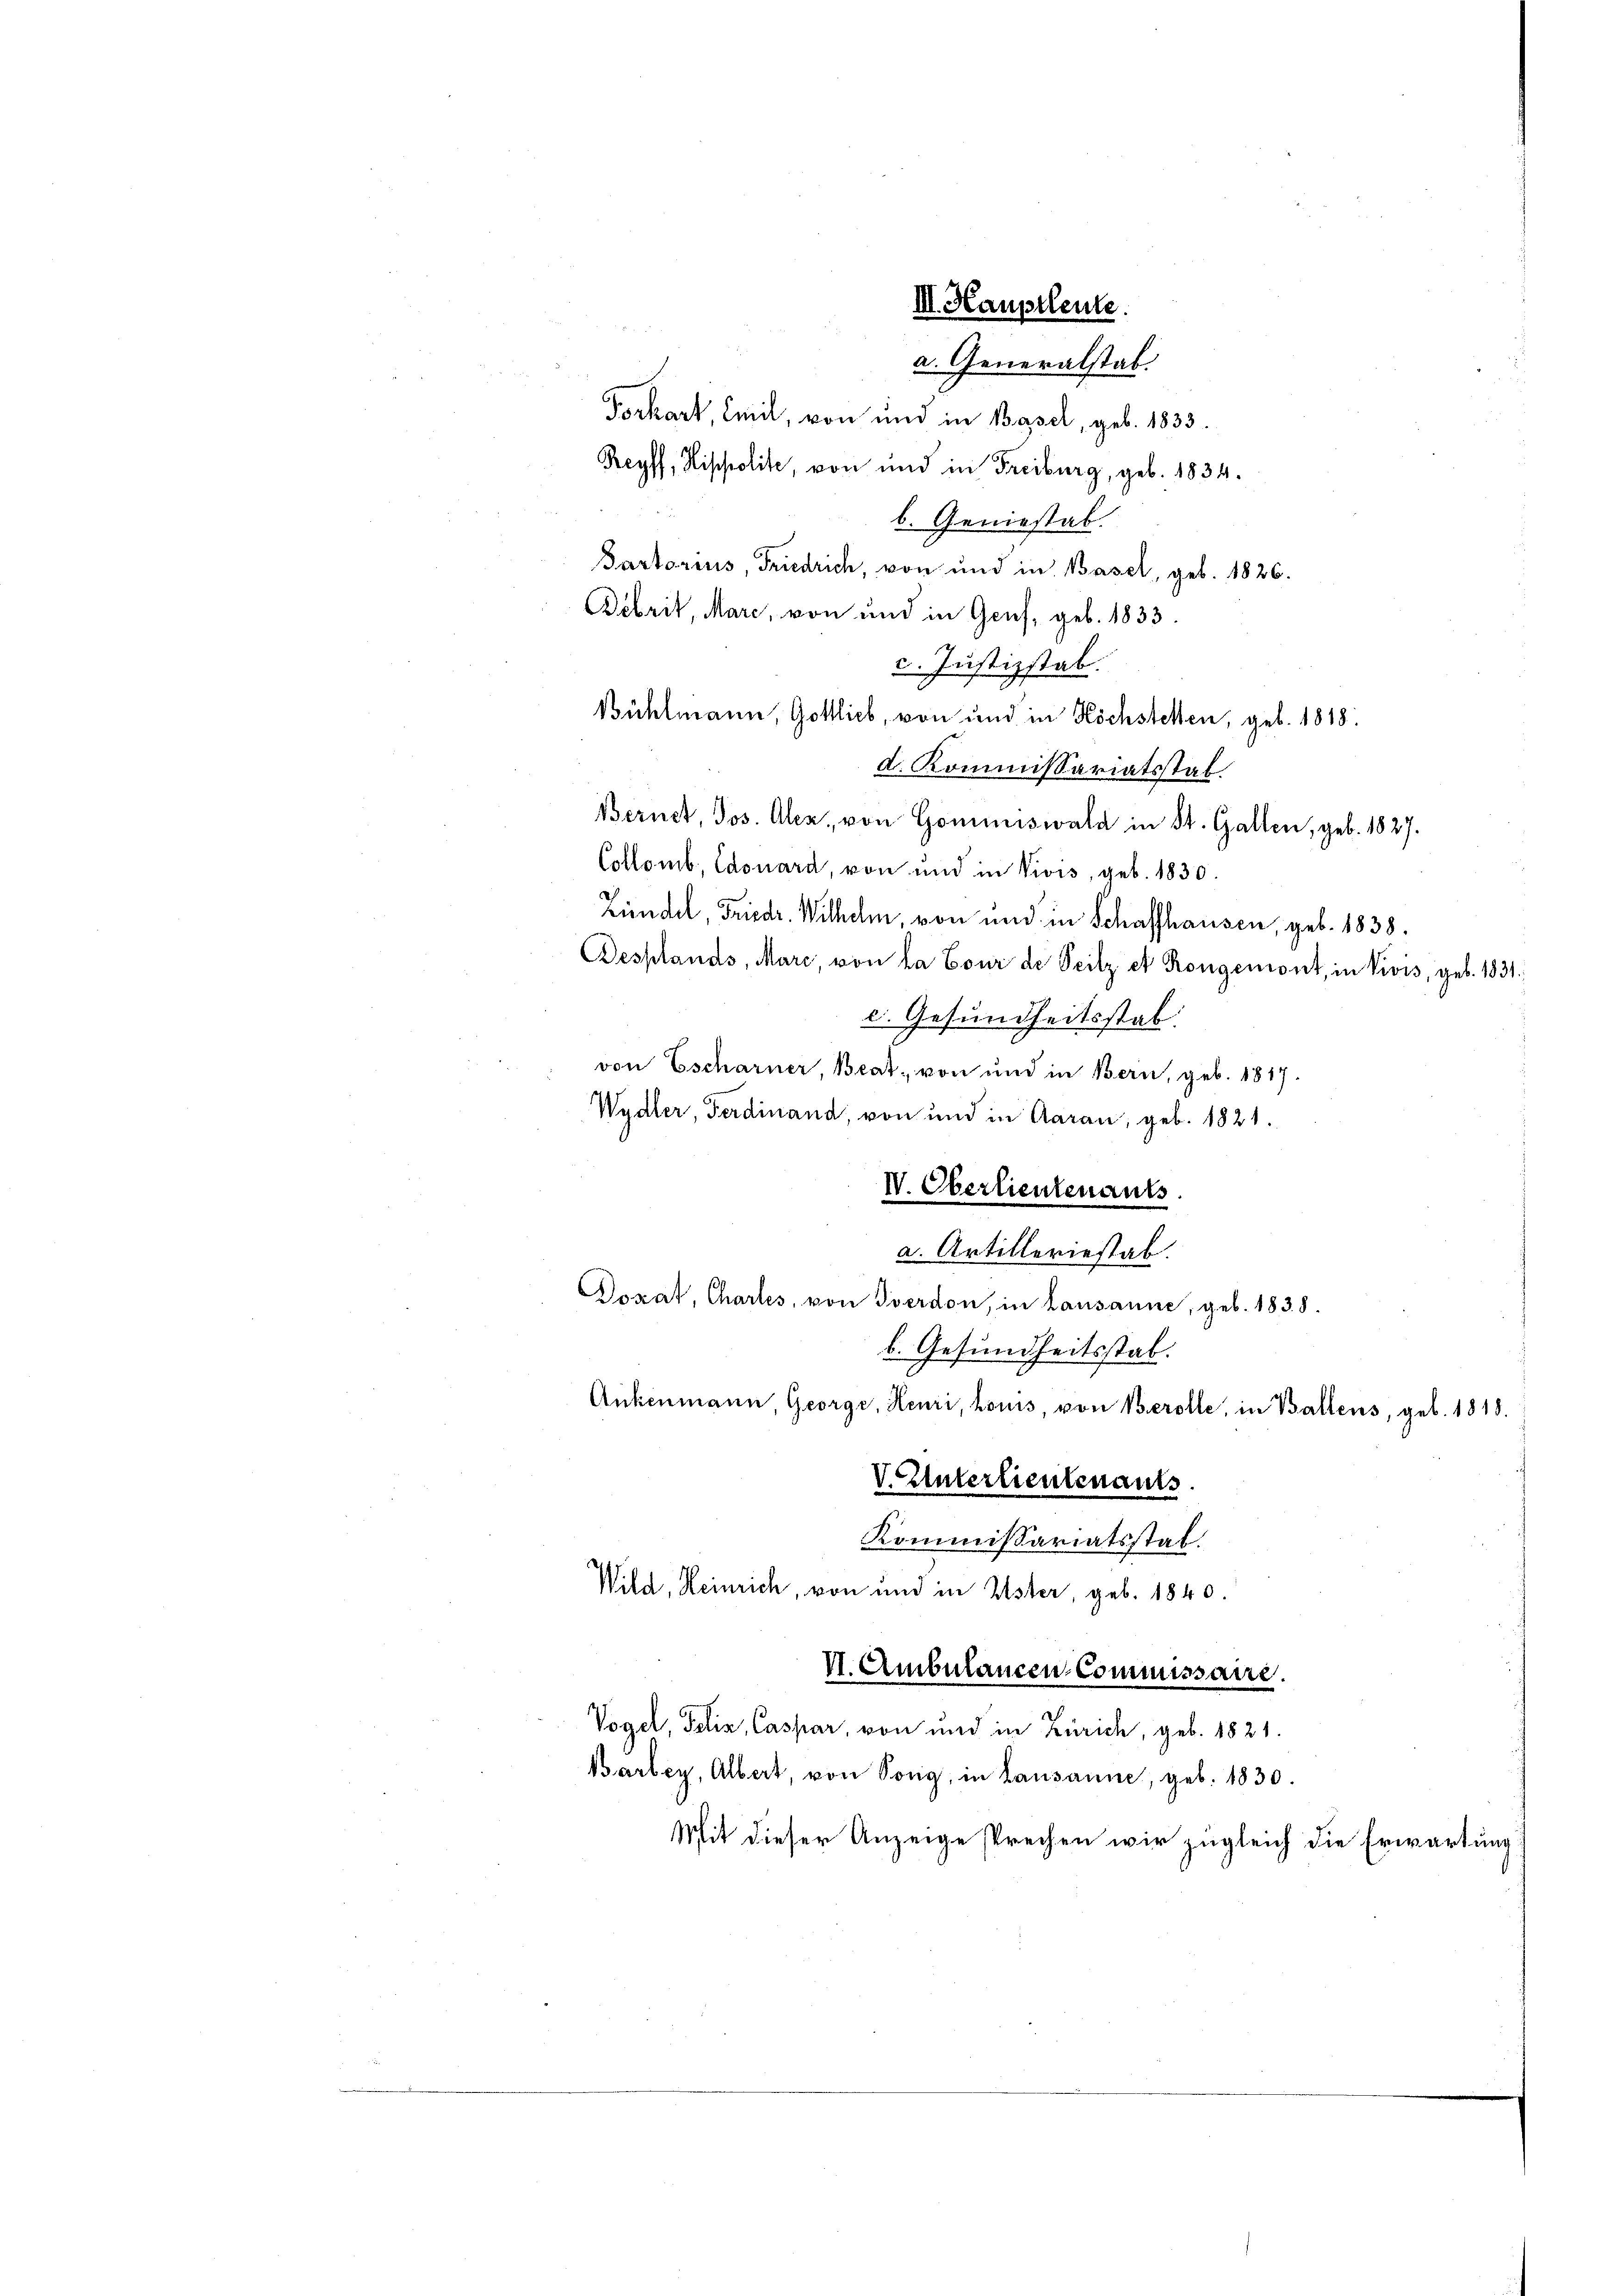
Forkart, Emil, von und in Basel, geb. 1833.
Reyff, Hippolite, von und in Freiburg, geb. 1834.
b. Geniestab.
Tartarius, Friedrich, von und in Basel, geb. 1826.
Bernet, Jos. Aler, von Gommiswald in St. Gallen, geb. 1827.
Collomb, Edouard, von und in Vivis, geb. 1830.
Zündel, Friedr. Wilhelm, von und in Schaffhausen, geb. 1838.
Besplands, Marc, von la Cour de Seitz et Rongemont, in Vivis, geb. 1831.
c. Gesundheitsstab.
von Escharner, Beat, von und in Bern, geb. 1817.
Wydler, Ferdinand, von und in Aarau, geb. 1821.
IV. Oberlieutenants.
a. Artilleriestab.
Dozat, Chartes, von Iverdon, in Lausanne, geb. 1838.
b. Gesundheitsstab.
Ankenmann, George, Heuri, honis, von Berolle, in Ballens, geb. 1818.
V. Unterlieutenants
Kommissariatsstat.
Wild, Heinrich, von und in Uster, geb. 1840.
V. Ambulancen-Commissaire.
Vogel, Felix Caspar, von und in Zürich, geb. 1821.
Barbey, Albert, von Song, in Lausanne, geb. 1830.
Mit dieser Anzeige sprechen wir zugleich die Erwartung

Debrit, Marc, von und in Genf, geb. 1833.
2. Justizstab.
Bühlmann, Gottlieb, von und in Köchstellen, geb. 1818.
d. Kommissariatsstab.

II. Hauptleute.
a. Generalstab